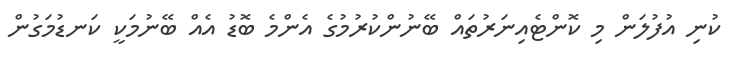
ކުނި އުފުލަން މި ކޮންޓެއިނަރުތައް ބޭނުންކުރުމުގެ އެންމެ ބޮޑު އެއް ބޭނުމަކީ ކަނޑުމަގުން